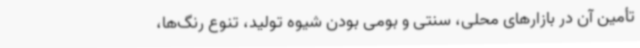
تأمین آن در بازارهای محلی، سنتی و بومی بودن شیوه تولید، تنوع رنگ‌ها،